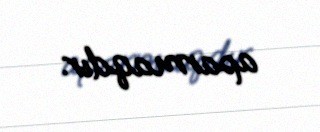
aparmaqdır.